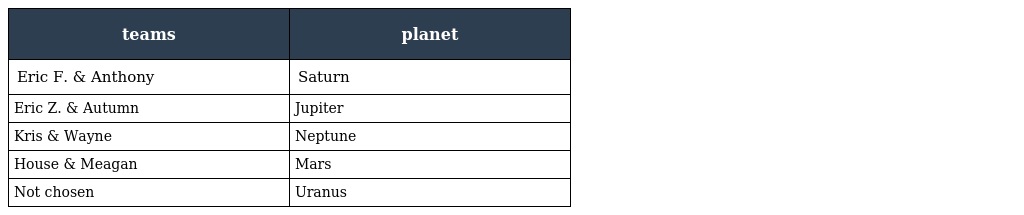
| teams | planet |
 | --- | --- |
 | Eric F. & Anthony | Saturn |
 | Eric Z. & Autumn | Jupiter |
 | Kris & Wayne | Neptune |
 | House & Meagan | Mars |
 | Not chosen | Uranus |